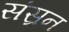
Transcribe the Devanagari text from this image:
संस्रन